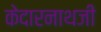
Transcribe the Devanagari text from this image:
केदारनाथजी